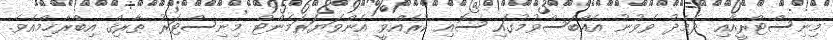
މިނިސްޓްރީއާއި ދެމެދު ވެވުނު އެއްބަސްވުމުގައި ސޮއި ކުރެއްވީ އެންވަޔަރަމެންޓް މިނިސްޓަރު ޠާރިޤް އިބްރާހިމްއެވެ.